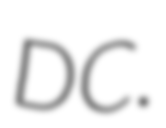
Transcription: DC.